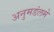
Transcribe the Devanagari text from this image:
अनुमडंलमे